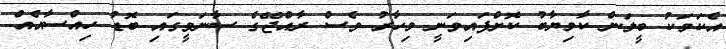
އެކަމަކު ބީލަން ކާމިޔާބު ކޮށްފައިވަނީ މިހާރު ވެސް ރާއްޖޭގެ ސާނަވީގައި ބޮޑު ހިއްސާއެއް